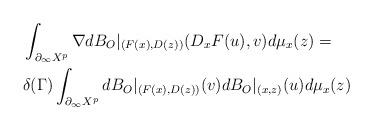
LaTeX: \begin{align*}&\int_{\partial_\infty X^p} \nabla dB_O|_{(F(x),D(z))}(D_xF(u),v)d\mu_x(z)=\\&\delta(\Gamma) \int_{\partial_\infty X^p} dB_O|_{(F(x),D(z))}(v)dB_O|_{(x,z)}(u)d\mu_x(z) \end{align*}